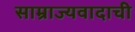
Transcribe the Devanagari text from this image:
साम्राज्यवादाची